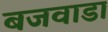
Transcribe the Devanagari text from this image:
बजवाडा